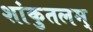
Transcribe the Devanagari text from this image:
शांकुतलम्